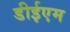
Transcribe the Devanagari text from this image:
डीईएम